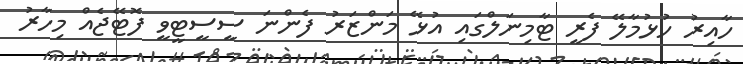
ހާއިރު ހުޅުމާލޭ ފެރީ ޓާމިނަލްގައި އުޅޭ މަންޒަރު ފެންނަ ސީސީޓީވީ ފޮޓޭޖެއް މިހާރު